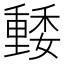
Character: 𡣢